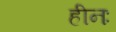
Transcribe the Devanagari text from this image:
हीनः